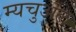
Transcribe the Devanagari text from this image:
म्यचुअल